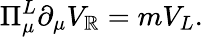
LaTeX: \Pi_{\mu}^{L}\partial_{\mu}V_{\mathbb{R}}=mV_{L}.